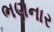
ભણનાર